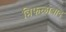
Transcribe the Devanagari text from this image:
त्रिफळाबाद